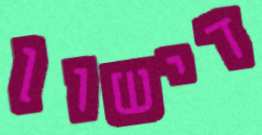
דישון